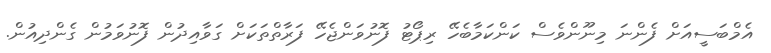
އެމްބަސީއަށް ފެންނަ މިނޫންވެސް ކަންކަމާބެހޭ ރިޕޯޓު ފޮނުވަންޖެހޭ ފަރާތްތަކަށް ގަވާއިދުން ފޮނުވަމުން ގެންދިއުން.